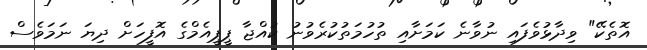
އޮތެކޭ" ވިދާޅުވެފައި ނުވާނެ ކަމަށާއި ތުހުމަތުކުރެވުނު ކުއްޖާ ޕީޕީއެމްގެ އޮފީހަށް ދިޔަ ނަމަވެސް